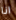
انا